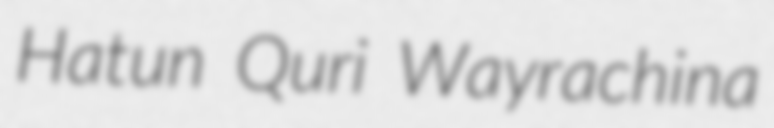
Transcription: Hatun Quri Wayrachina